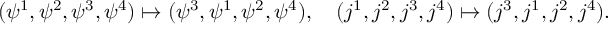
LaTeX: ( \psi ^ { 1 } , \psi ^ { 2 } , \psi ^ { 3 } , \psi ^ { 4 } ) \mapsto ( \psi ^ { 3 } , \psi ^ { 1 } , \psi ^ { 2 } , \psi ^ { 4 } ) , \quad ( j ^ { 1 } , j ^ { 2 } , j ^ { 3 } , j ^ { 4 } ) \mapsto ( j ^ { 3 } , j ^ { 1 } , j ^ { 2 } , j ^ { 4 } ) .